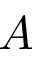
A